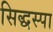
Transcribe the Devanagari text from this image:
सिद्धस्पा